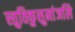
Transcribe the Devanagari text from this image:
स्तुतिकुसुमांजलि